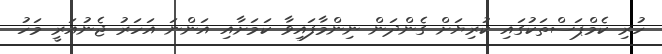
ހުރި ކެމްޕަސްތަކުގައި ކުރިޔަށް ގެންދަން ނިންމާފައިވާ ކަމަށާއި އަންނަ އަހަރު ޖެނުއަރީ މަހު